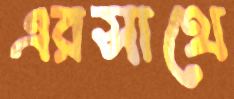
এরসাথে